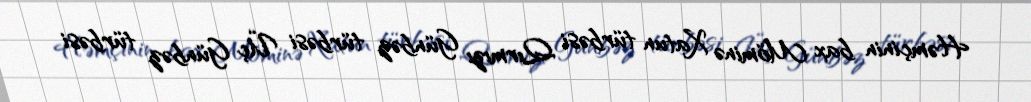
Həmçinin bax Möminə Xatun türbəsi Qırmızı Günbəz türbəsi Üç Günbəz türbəsi